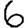
Digit: 6